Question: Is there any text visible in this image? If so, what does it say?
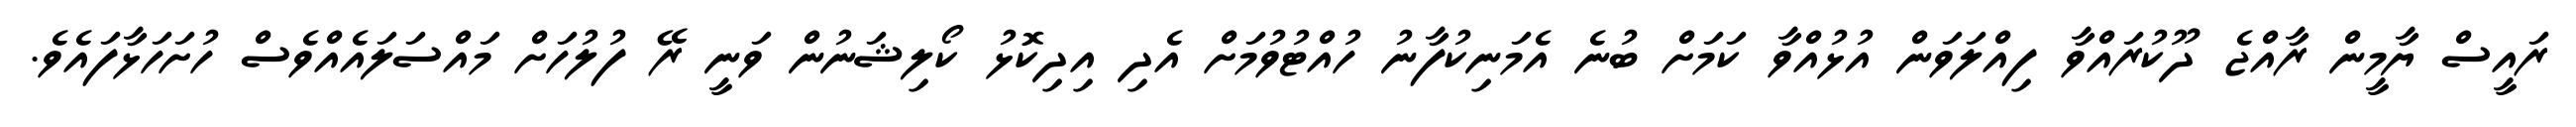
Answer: ރައީސް ޔާމީން ރާއްޖެ ދޫކުރައްވާ ފިއްލަވަން އުޅުއްވާ ކަމަށް ބުނެ އެމަނިކުފާނު ހުއްޓުވުމަށް އެދި އިދިކޮޅު ކޯލިޝަނުން ވަނީ ރޭ ފުލުހަށް މައްސަލައެއްވެސް ހުށަހަޅާފައެވެ.